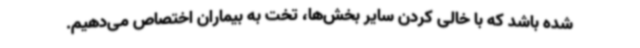
شده باشد که با خالی کردن سایر بخش‌ها، تخت به بیماران اختصاص می‌دهیم.